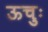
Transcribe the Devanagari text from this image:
ऊचुः